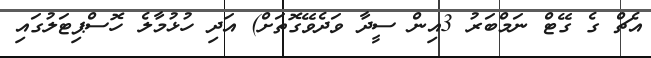
އެޗް ގެ ގޭޓް ނަމްބަރު 3އިން ސީދާ ވަދެވޭގޮތަށް) އަދި ހުޅުމާލެ ހޮސްޕިޓަލުގައި